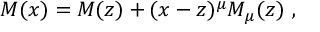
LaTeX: { \cal M } ( x ) = { \cal M } ( z ) + ( x - z ) ^ { \mu } { \cal M } _ { \mu } ( z ) \ ,